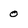
Character: 0